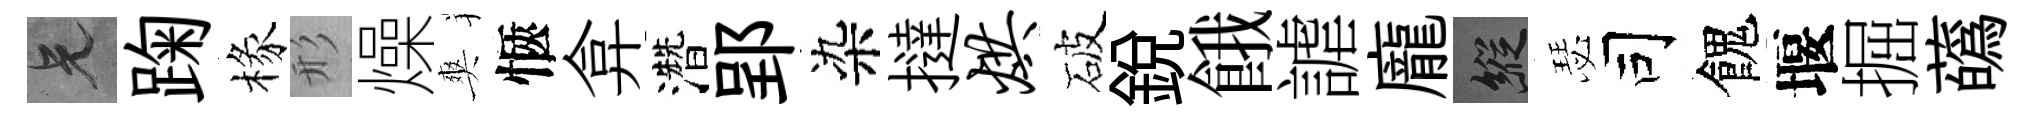
兄踘椽形燥爽愜弇濳郢染撻烘破銳餓謔龐縱瑟司餽堰掘蘤